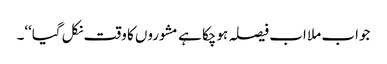
جواب ملا اب فیصلہ ہوچکا ہے مشوروں کا وقت نکل گیا‘‘۔